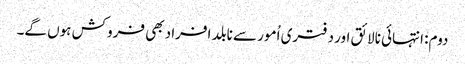
دوم: انتہائی نالائق اور دفتری اُمور سے نابلد افراد بھی فروکش ہوں گے۔